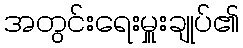
အတွင်းရေးမှူးချုပ်၏